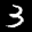
Label: 3